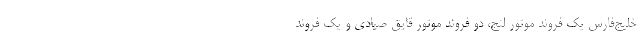
خلیج‌فارس یک فروند موتور لنج، دو فروند موتور قایق صیادی و یک فروند